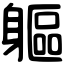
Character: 軀